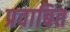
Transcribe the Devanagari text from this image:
प्रवाबित